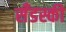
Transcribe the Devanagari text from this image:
सँडस्की